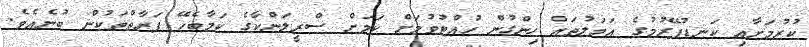
ކުރުމަށާއި ކަނޑުފޭރުމުގެ އަމަލުތައް ހިންގުން ހުއްޓުވުމަށް ކަމަށް ސްރީލަންކާގެ ކަމާބެހޭ ފަރާތްތަކުން ބުނެއެވެ.